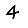
Digit: 4